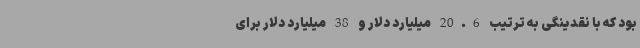
بود که با نقدینگی به ترتیب 20.6 میلیارد دلار و 38 میلیارد دلار برای